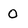
Character: O